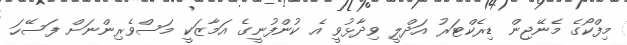
މިފްކޯގެ މެނޭޖިން ޑިރެކްޓަރު އަދްލީ ވިދާޅުވީ އެ ކުންފުނީގެ އަމާޒަކީ މަސްވެރިންނަށް ފަސޭހަ